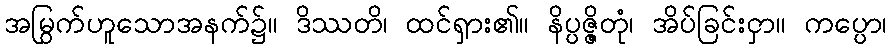
အမြွက်ဟူသောအနက်၌။ ဒိဿတိ၊ ထင်ရှား၏။ နိပ္ပဇ္ဇိတုံ၊ အိပ်ခြင်းငှာ။ ကပ္ပော၊